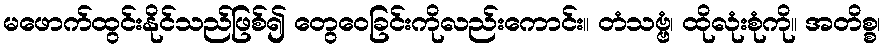
မဖောက်ထွင်းနိုင်သည်ဖြစ်၍ တွေဝေခြင်းကိုလည်းကောင်း။ တံသဗ္ဗံ၊ ထိုလုံးစုံကို။ အတိစ္စ၊